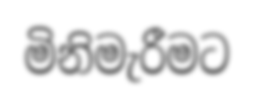
මිනිමැරීමට